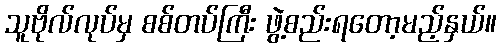
သူဗိုလ်လုပ်မှ စစ်တပ်ကြီး ဖွဲ့စည်းရတော့မည့်နှယ်။